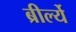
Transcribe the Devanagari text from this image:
ब्रीर्ल्ये